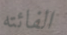
الفائته